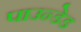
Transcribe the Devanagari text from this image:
पाउन्डेड